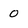
Character: 0